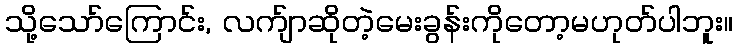
သို့သော်ကြောင်း, လက်ျာဆိုတဲ့မေးခွန်းကိုတော့မဟုတ်ပါဘူး။